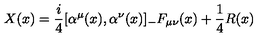
X ( x ) = \frac { i } { 4 } [ \alpha ^ { \mu } ( x ) , \alpha ^ { \nu } ( x ) ] _ { - } F _ { \mu \nu } ( x ) + \frac { 1 } { 4 } R ( x )